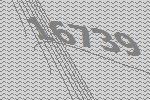
16739